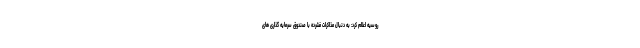
روسیه اعلام کرد: به دنبال مذاکرات فشرده با صندوق سرمایه گذاری های